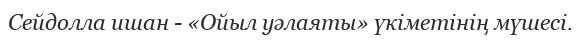
Сейдолла ишан - «Ойыл уәлаяты» үкіметінің мүшесі.